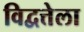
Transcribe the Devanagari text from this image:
विद्वत्तेला